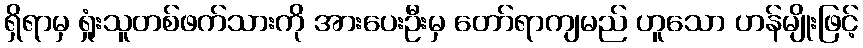
ရှိရာမှ ရှုံးသူတစ်ဖက်သားကို အားပေးဦးမှ တော်ရာကျမည် ဟူသော ဟန်မျိုးဖြင့်